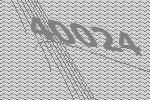
40024